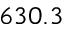
6 3 0 . 3